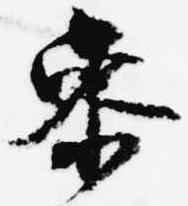
参